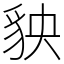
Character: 𧲱